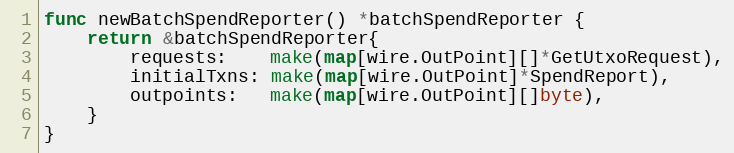
Language: Go
func newBatchSpendReporter() *batchSpendReporter {
	return &batchSpendReporter{
		requests:    make(map[wire.OutPoint][]*GetUtxoRequest),
		initialTxns: make(map[wire.OutPoint]*SpendReport),
		outpoints:   make(map[wire.OutPoint][]byte),
	}
}